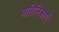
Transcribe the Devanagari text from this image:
वाहिनिकाएँ